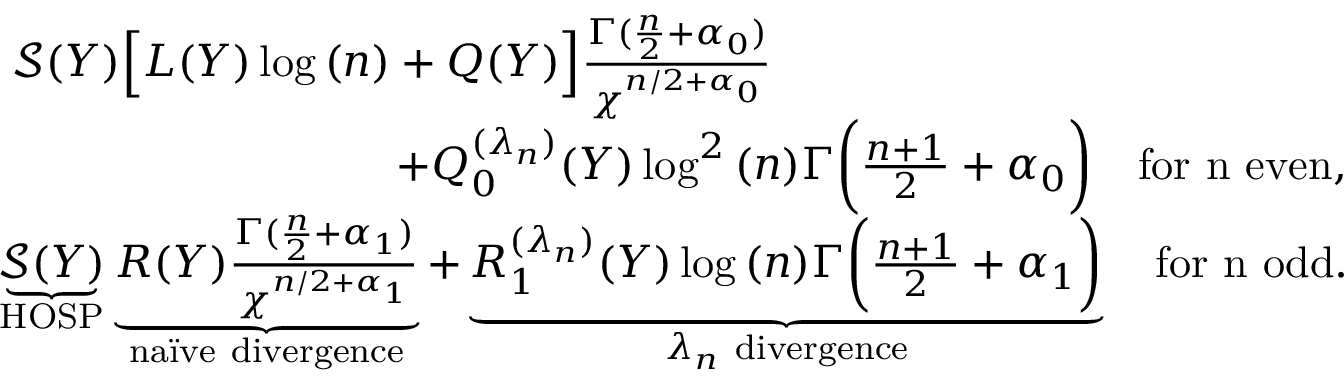
\begin{array} { r l } & { ~ \mathcal { S } ( Y ) \Big [ L ( Y ) \log { ( n ) } + Q ( Y ) \Big ] \frac { \Gamma ( \frac { n } { 2 } + \alpha _ { 0 } ) } { \chi ^ { n / 2 + \alpha _ { 0 } } } \qquad } \\ & { \qquad \qquad \qquad \qquad \quad + Q _ { 0 } ^ { ( \lambda _ { n } ) } ( Y ) \log ^ { 2 } { ( n ) } \Gamma \bigg ( \frac { n + 1 } { 2 } + \alpha _ { 0 } \bigg ) \quad \mathrm { f o r ~ n ~ e v e n } , } \\ & { \underbrace { \mathcal { S } ( Y ) } _ { \mathrm { H O S P } } \underbrace { R ( Y ) \frac { \Gamma ( \frac { n } { 2 } + \alpha _ { 1 } ) } { \chi ^ { n / 2 + \alpha _ { 1 } } } } _ { \mathrm { n a \" i v e ~ d i v e r g e n c e } } + \underbrace { R _ { 1 } ^ { ( \lambda _ { n } ) } ( Y ) \log { ( n ) } \Gamma \bigg ( \frac { n + 1 } { 2 } + \alpha _ { 1 } \bigg ) } _ { { \lambda _ { n } \mathrm { ~ d i v e r g e n c e } } } \quad \mathrm { f o r ~ n ~ o d d } . } \end{array}